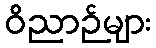
ဝိညာဉ်များ